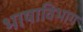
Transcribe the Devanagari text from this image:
भाषाविभाग